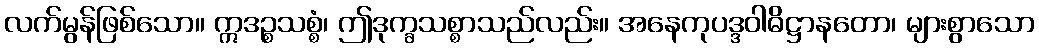
လက်မွန်ဖြစ်သော။ ဣဒဉ္စသစ္စံ၊ ဤဒုက္ခသစ္စာသည်လည်း။ အနေကုပဒ္ဒဝါဓိဋ္ဌာနတော၊ များစွာသော